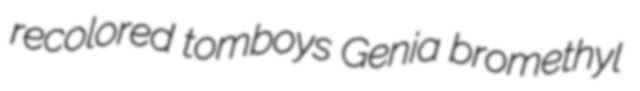
recolored tomboys Genia bromethyl